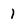
Character: 1